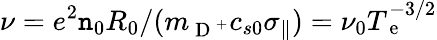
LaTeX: \nu=e^{2}\mathtt{n}_{0}R_{0}/(m_{\mathrm{{~D~}}^{+}}c_{s0}\sigma_{\parallel})=\nu_{0}T_{\mathrm{{~e~}}}^{-3/2}